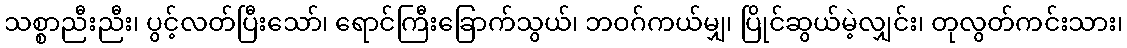
သစ္စာညီးညီး၊ ပွင့်လတ်ပြီးသော်၊ ရောင်ကြီးခြောက်သွယ်၊ ဘဝဂ်ကယ်မျှ၊ ပြိုင်ဆွယ်မဲ့လျှင်း၊ တုလွတ်ကင်းသား၊